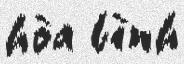
hòa bình